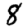
Digit: 8